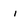
Character: I